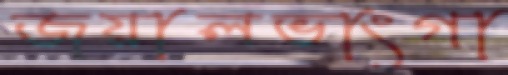
জয়ালভাংগা